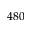
4 8 0